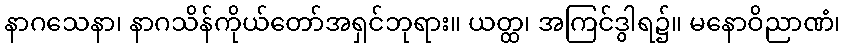
နာဂသေနာ၊ နာဂသိန်ကိုယ်တော်အရှင်ဘုရား။ ယတ္ထ၊ အကြင်ဒွါရ၌။ မနောဝိညာဏံ၊